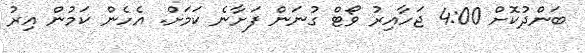
ބަންދުކޮށް 4:00 ޖަހާއިރު ވޯޓް ގުނަން ފަށާނެ ކަމަށް. އެހެން ކަމުން އިރު